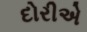
દોરીએ